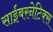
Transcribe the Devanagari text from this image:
साईबरनेटिक्स